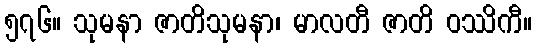
၅၇၆။ သုမနာ ဇာတိသုမနာ၊ မာလတီ ဇာတိ ဝဿိကီ။